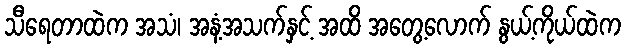
သီရေတာထဲက အသံ၊ အနံ့အသက်နှင့် အထိ အတွေ့လောက် နွယ့်ကိုယ်ထဲက